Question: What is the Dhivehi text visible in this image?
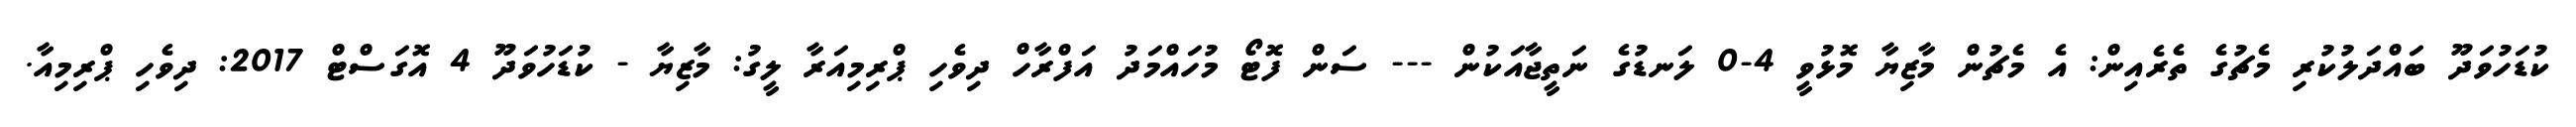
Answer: ކުޑަހުވަދޫ ބައްދަލުކުރި މެޗުގެ ތެރެއިން: އެ މެޗުން މާޒިޔާ މޮޅުވީ 4-0 ލަނޑުގެ ނަތީޖާއަކުން --- ސަން ފޮޓޯ މުހައްމަދު އަފްރާހް ދިވެހި ޕްރިމިއަރާ ލީގު: މާޒިޔާ - ކުޑަހުވަދޫ 4 އޮގަސްޓް 2017: ދިވެހި ޕްރިމިއާ.